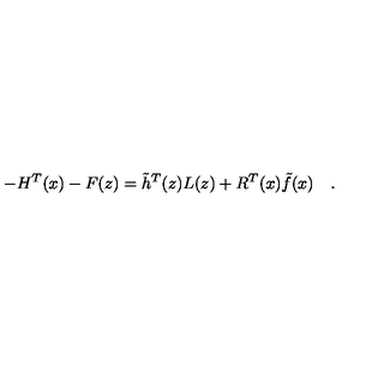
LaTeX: - H ^ { T } ( x ) - F ( z ) = \tilde { h } ^ { T } ( z ) L ( z ) + R ^ { T } ( x ) \tilde { f } ( x ) \quad .